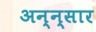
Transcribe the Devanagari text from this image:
अन्न्सार